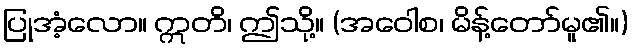
ပြုအံ့လော။ ဣတိ၊ ဤသို့။ (အဝေါစ၊ မိန့်တော်မူ၏။)